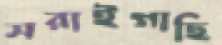
সরাইগাছি